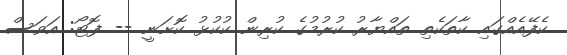
ކެފޭއެއްގައި ކާތަކެތި ތައްޔާރު ކުރުމުގެ ކުރިން ކުކުޅު ކޮށަނީ -- ފޮޓޯ: އަވަސް